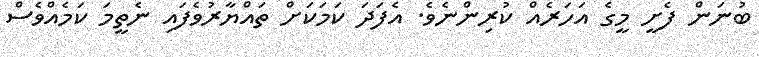
ބުނަން ފެށީ މީގެ އަހަރެއް ކުރިންނެވެ. އެފަދަ ކަމަކަށް ތައްޔާރުވެފައި ނެތީމަ ކަމެއްވެސް